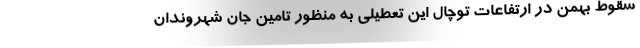
سقوط بهمن در ارتفاعات توچال این تعطیلی به منظور تامین جان شهروندان